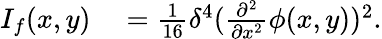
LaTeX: \begin{array}{rl}{I_{f}(x,y)}&{{}=\frac{1}{16}\delta^{4}(\frac{\partial^{2}}{\partial x^{2}}\phi(x,y))^{2}.}\end{array}